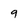
Character: 9